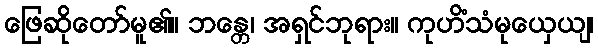
ဖြေဆိုတော်မူ၏။ ဘန္တေ၊ အရှင်ဘုရား။ ကုဟိံသံမုယှေယျ၊